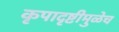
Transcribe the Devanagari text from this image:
कृपादृष्टीमुळेच